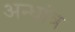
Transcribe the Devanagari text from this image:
अन्धांत्र